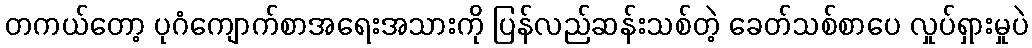
တကယ်တော့ ပုဂံကျောက်စာအရေးအသားကို ပြန်လည်ဆန်းသစ်တဲ့ ခေတ်သစ်စာပေ လှုပ်ရှားမှုပဲ